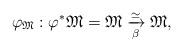
LaTeX: \begin{align*}\varphi_{\mathfrak{M}}:\varphi^*\mathfrak{M}=\mathfrak{M}\xrightarrow[\beta]{\simeq}\mathfrak{M},\end{align*}